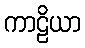
ကာဠိယာ